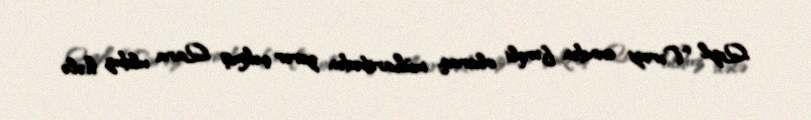
Qızıl Tərəzi evindən fərqli olaraq, müharibədən zərər çəkmiş Qara ulduz hələ